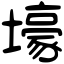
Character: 壕